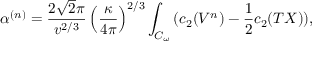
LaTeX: \alpha ^ { ( n ) } = \frac { 2 \sqrt { 2 } \pi } { v ^ { 2 / 3 } } \left( \frac { \kappa } { 4 \pi } \right) ^ { 2 / 3 } \int _ { { \cal { C } } _ { \omega } } { ( c _ { 2 } ( V ^ { n } ) - \frac { 1 } { 2 } c _ { 2 } ( T X ) ) } ,